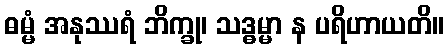
ဓမ္မံ အနုဿရံ ဘိက္ခု၊ သဒ္ဓမ္မာ န ပရိဟာယတိ။